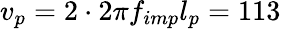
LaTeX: v_{p}=2\cdot 2\pi f_{imp}l_{p}=113